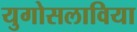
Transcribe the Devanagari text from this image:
युगोसलाविया